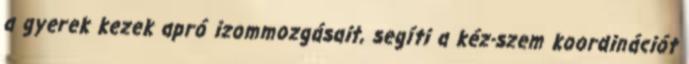
a gyerek kezek apró izommozgásait, segíti a kéz-szem koordinációt